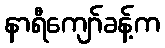
နာရီကျော်ခန့်က